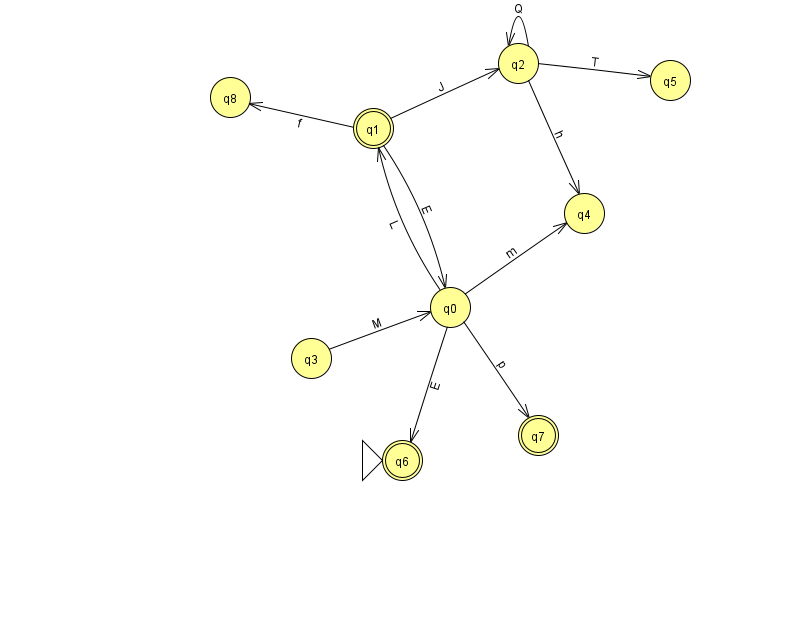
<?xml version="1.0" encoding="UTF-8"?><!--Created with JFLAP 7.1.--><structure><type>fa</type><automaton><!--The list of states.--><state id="0" name="q0"><x>450.0</x><y>294.0</y></state><state id="1" name="q1"><x>373.0</x><y>115.0</y><final/></state><state id="2" name="q2"><x>518.0</x><y>50.0</y></state><state id="3" name="q3"><x>311.0</x><y>345.0</y></state><state id="4" name="q4"><x>584.0</x><y>200.0</y></state><state id="5" name="q5"><x>670.0</x><y>67.0</y></state><state id="6" name="q6"><x>402.0</x><y>447.0</y><initial/><final/></state><state id="7" name="q7"><x>538.0</x><y>422.0</y><final/></state><state id="8" name="q8"><x>230.0</x><y>84.0</y></state><!--The list of transitions.--><transition><from>0</from><to>1</to><read>L</read></transition><transition><from>2</from><to>2</to><read>Q</read></transition><transition><from>1</from><to>8</to><read>f</read></transition><transition><from>1</from><to>2</to><read>J</read></transition><transition><from>1</from><to>0</to><read>E</read></transition><transition><from>2</from><to>4</to><read>h</read></transition><transition><from>2</from><to>5</to><read>T</read></transition><transition><from>0</from><to>7</to><read>p</read></transition><transition><from>0</from><to>4</to><read>m</read></transition><transition><from>0</from><to>6</to><read>E</read></transition><transition><from>3</from><to>0</to><read>M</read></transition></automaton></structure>